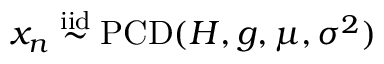
x _ { n } \overset { \mathrm { i i d } } { \sim } \operatorname { P C D } ( H , g , \mu , \sigma ^ { 2 } )